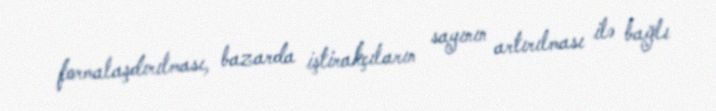
formalaşdırılması, bazarda iştirakçıların sayının artırılması ilə bağlı